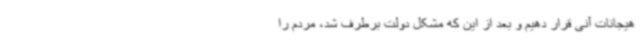
هیجانات آنی قرار دهیم و بعد از این که مشکل دولت برطرف شد، مردم را